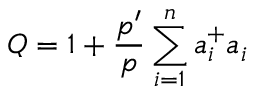
Q = 1 + \frac { p ^ { \prime } } { p } \sum _ { i = 1 } ^ { n } a _ { i } ^ { + } a _ { i }